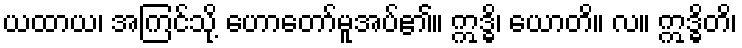
ယထာယ၊ အကြင်သို့ ဟောတော်မူအပ်၏။ ဣဒ္ဓိ၊ ယောတိ။ လ။ ဣဒ္ဓိတိ၊